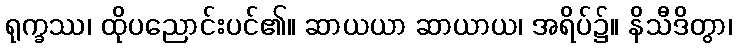
ရုက္ခဿ၊ ထိုပညောင်းပင်၏။ ဆာယယာ ဆာယာယ၊ အရိပ်၌။ နိသီဒိတွာ၊